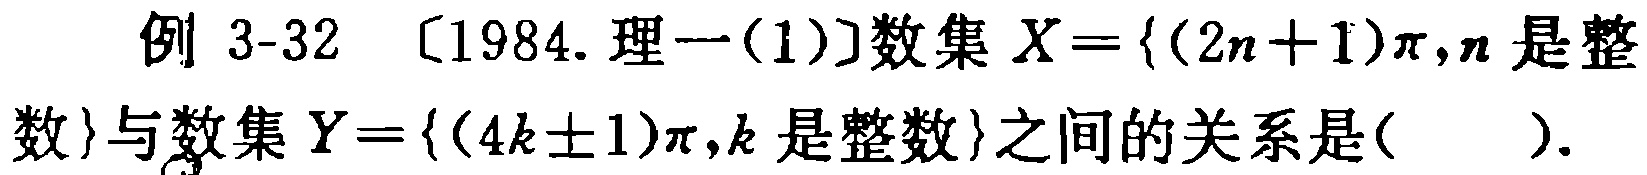
例 3-32 〔1984. 理一(1)〕数集 \(X = \{(2n + 1)\pi,n\text{ 是整}\)数\(\}\)与数集 \(Y=\{(4k\pm1)\pi,k\text{ 是整数}\}\)之间的关系是( ).